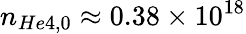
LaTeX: n_{He4,0}\approx 0.38\times 10^{18}